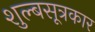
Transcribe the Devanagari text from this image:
शुल्बसूत्रकार